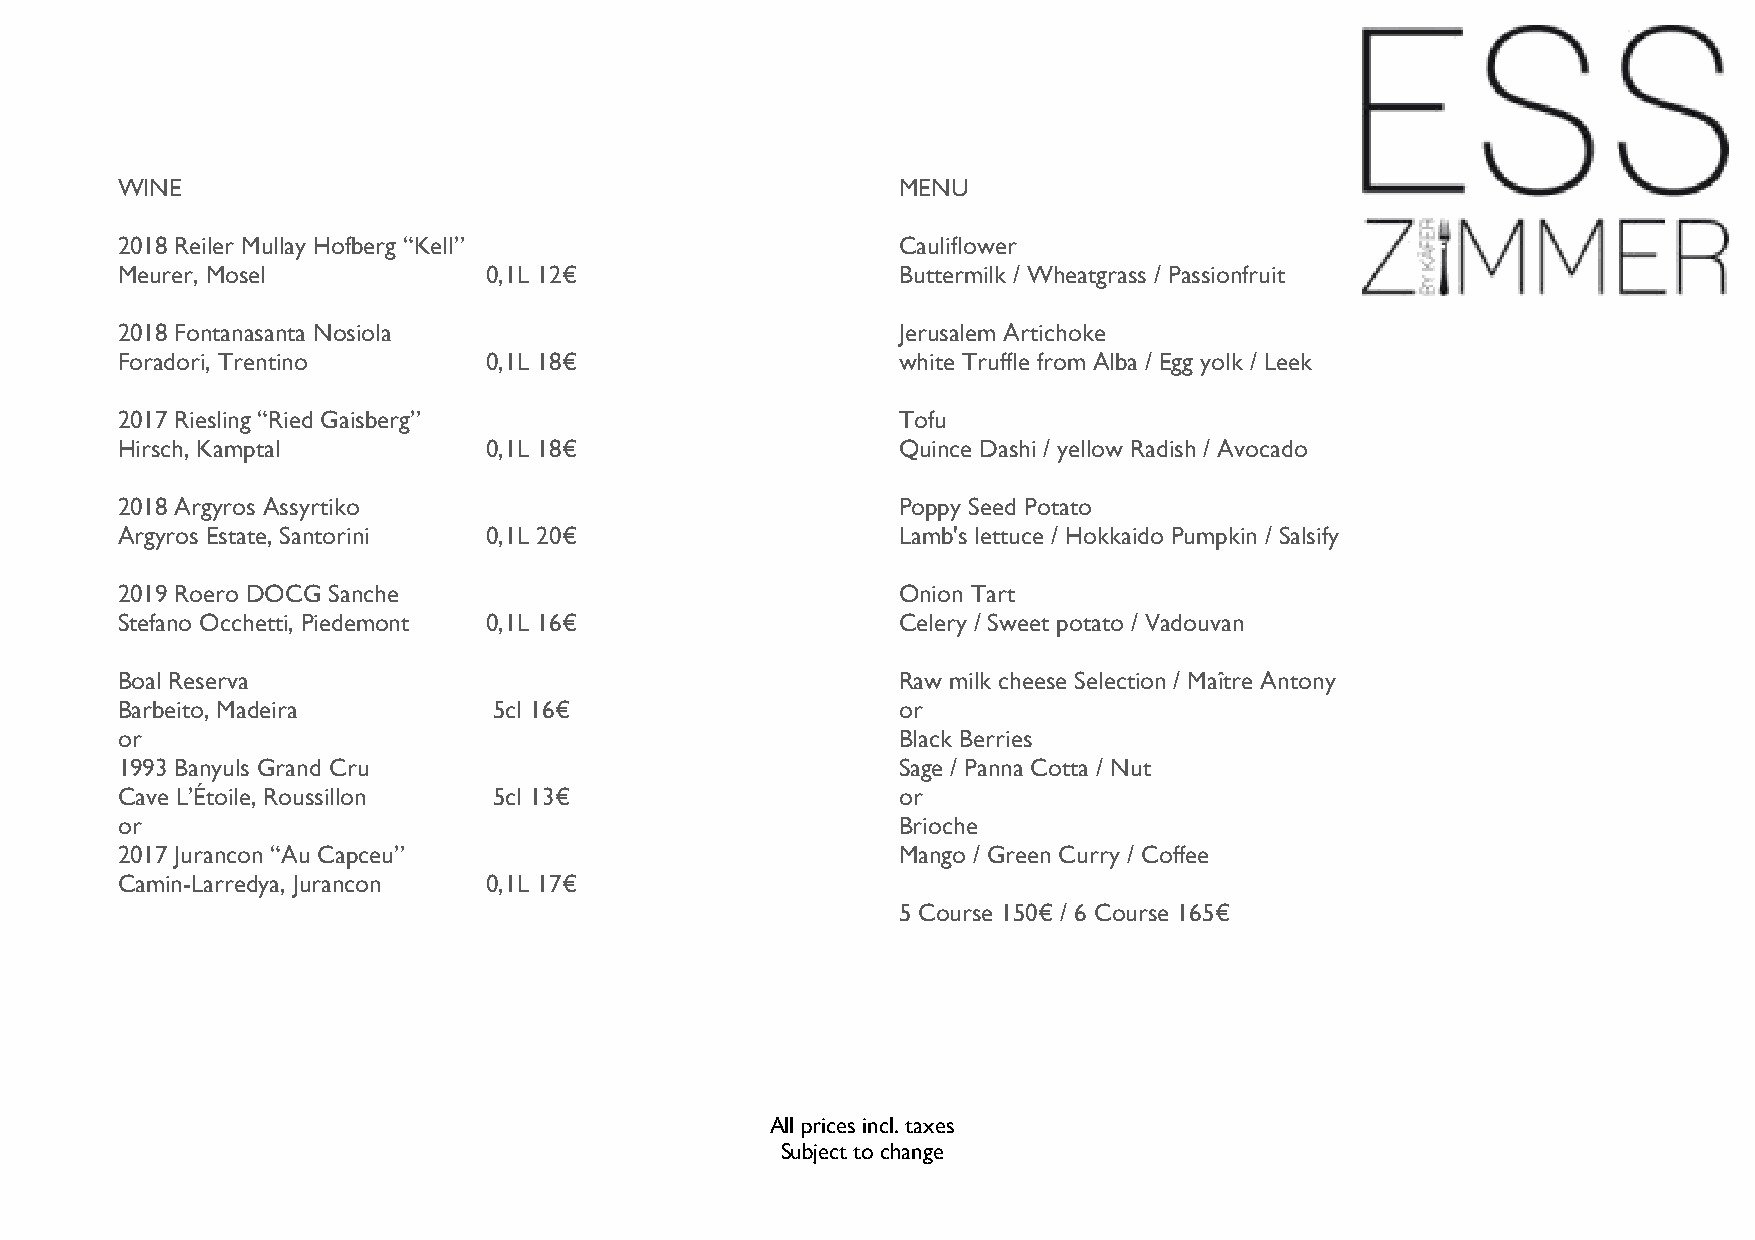
WINE                                                MENU
 2018 Reiler Mullay Hofberg “Kell”                   Cauliflower
 Meurer, Mosel           0,1L 12€                    Buttermilk / Wheatgrass / Passionfruit
 2018 Fontanasanta Nosiola                           Jerusalem Artichoke
 Foradori, Trentino      0,1L 18€                    white Truffle from Alba / Egg yolk / Leek
 2017 Riesling “Ried Gaisberg”                       Tofu
 Hirsch, Kamptal         0,1L 18€                    Quince Dashi / yellow Radish / Avocado
 2018 Argyros Assyrtiko                              Poppy Seed Potato
 Argyros Estate, Santorini 0,1L 20€                  Lamb's lettuce / Hokkaido Pumpkin / Salsify
 2019 Roero DOCG Sanche                              Onion Tart
 Stefano Occhetti, Piedemont 0,1L 16€                Celery / Sweet potato / Vadouvan
 Boal Reserva                                        Raw milk cheese Selection / Maître Antony
 Barbeito, Madeira        5cl 16€                    or
 or                                                  Black Berries
 1993 Banyuls Grand Cru                              Sage / Panna Cotta / Nut
 Cave L’Étoile, Roussillon 5cl 13€                   or
 or                                                  Brioche
 2017 Jurancon “Au Capceu”                           Mango / Green Curry / Coffee
 Camin-Larredya, Jurancon 0,1L 17€
 5 Course 150€ / 6 Course 165€
 All prices incl. taxes
 Subject to change